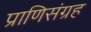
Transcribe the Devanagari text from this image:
प्राणिसंग्रह